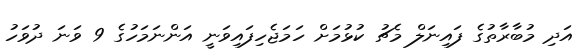
އަދި މުބާރާތުގެ ފައިނަލް މެޗު ކުޅުމަށް ހަމަޖެހިފައިވަނީ އަންނަމަހުގެ 9 ވަނަ ދުވަހު